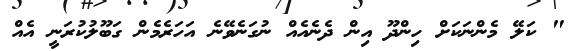
" ކަލޭ މެންނަކަށް ހިންދޫ އިން ދެނެއެއް ނުގަނެވޭނެ އަހަރެމެން ގަބޫލުކުރަނީ އެއް